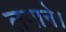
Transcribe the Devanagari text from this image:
लगाने।